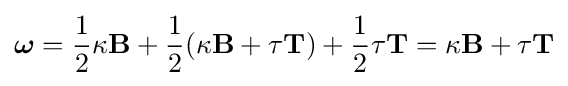
{\boldsymbol {\omega }}={1 \over 2}\kappa \mathbf {B} +{1 \over 2}(\kappa \mathbf {B} +\tau \mathbf {T} )+{1 \over 2}\tau \mathbf {T} =\kappa \mathbf {B} +\tau \mathbf {T}